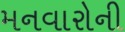
મનવારોની